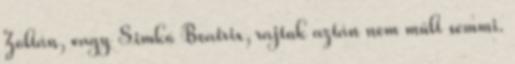
Zoltán, vagy Simkó Beatrix, rajtuk aztán nem műlt semmi.